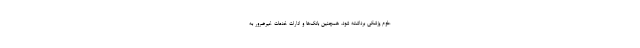
علوم پزشکی برداشته شود، همچنین بانک‌ها و ادارات خدمات غیرضرور به